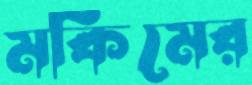
মকিমের